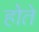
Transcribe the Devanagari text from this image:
होेते